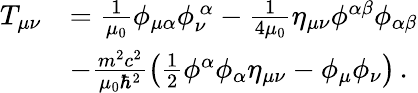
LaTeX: \begin{array}{rl}{T_{\mu\nu}}&{=\frac{1}{\mu_{0}}\phi_{\mu\alpha}\phi_{\nu}^{\ \alpha}-\frac{1}{4\mu_{0}}\eta_{\mu\nu}\phi^{\alpha\beta}\phi_{\alpha\beta}}\\ &{-\frac{m^{2}c^{2}}{\mu_{0}\hbar^{2}}\left(\frac{1}{2}\phi^{\alpha}\phi_{\alpha}\eta_{\mu\nu}-\phi_{\mu}\phi_{\nu}\right)\, .}\end{array}